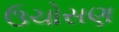
ઉચોસણ